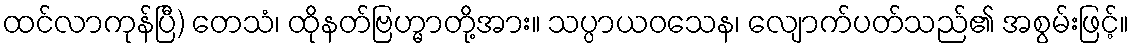
ထင်လာကုန်ပြီ) တေသံ၊ ထိုနတ်ဗြဟ္မာတို့အား။ သပ္ပာယဝသေန၊ လျောက်ပတ်သည်၏ အစွမ်းဖြင့်။